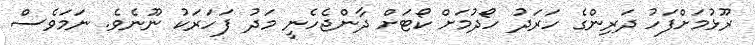
ރޫޅުމަށްފަހު ދަރިންގެ ހަރަދު ހޯދުމަށް ކޯޓަށް ދާންޖެހެނީ މަދު ފަހަރަކު ނޫނެވެ. ނަމަވެސް